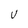
Character: U